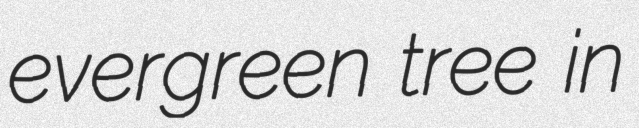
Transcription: evergreen tree in